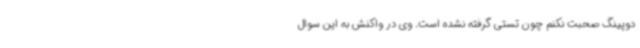
دوپینگ صحبت نکنم چون تستی گرفته نشده است. وی در واکنش به این سوال